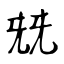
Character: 兓